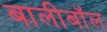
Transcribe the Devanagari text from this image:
बालीबॉल